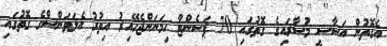
އެގޮތުން އަސާސީ މުސާރައިގެ ގޮތުގައި 70 ޕަސެންޓް ހިމަނަންޖެހޭއިރު އިތުރު އެލަވަންސްގެ ގޮތުގައި